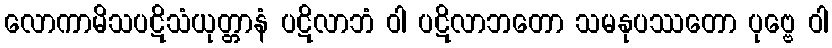
လောကာမိသပဋိသံယုတ္တာနံ ပဋိလာဘံ ဝါ ပဋိလာဘတော သမနုပဿတော ပုဗ္ဗေ ဝါ